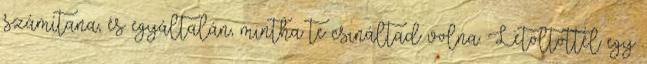
számítana, és egyáltalán, mintha te csináltad volna. Letöltöttél egy